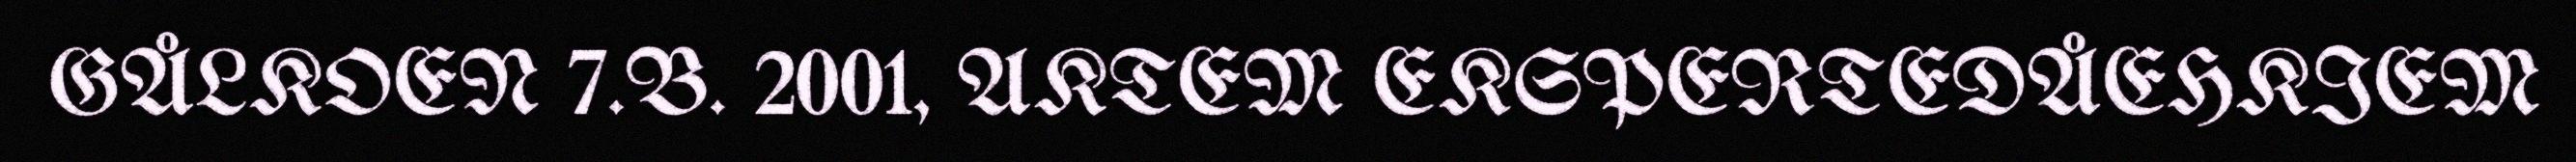
GÅLKOEN 7.B. 2001, AKTEM EKSPERTEDÅEHKIEM